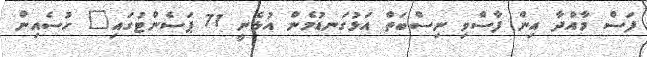
ފަސް މާއްދާ އިން ފާސްވި ނިސްބަތް އަޅުގަނޑުމެން އުޅެނީ 71 ޕަސެންޓުގައި" ހުސެއިން